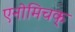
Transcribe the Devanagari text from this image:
एनोमिचक्